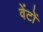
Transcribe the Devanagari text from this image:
वेंटों